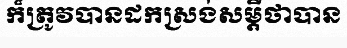
ក៏ត្រូវបានដកស្រង់សម្តីថាបាន